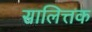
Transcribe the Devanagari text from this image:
सालित्तक